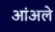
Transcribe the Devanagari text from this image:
आंअले